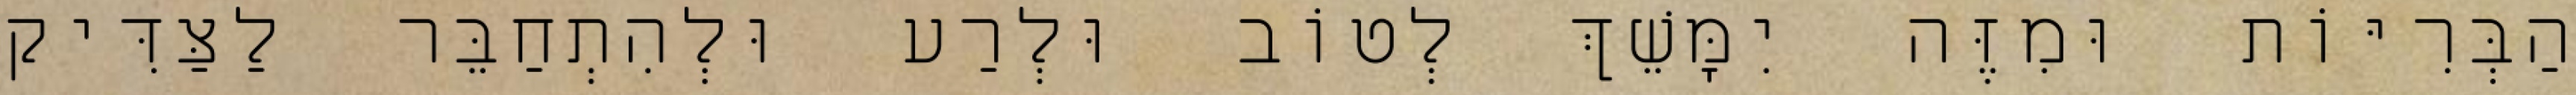
הַבְּרִיּוֹת וּמִזֶּה יִמָּשֵׁךְ לְטוֹב וּלְרַע וּלְהִתְחַבֵּר לַצַּדִּיק